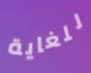
للغاية